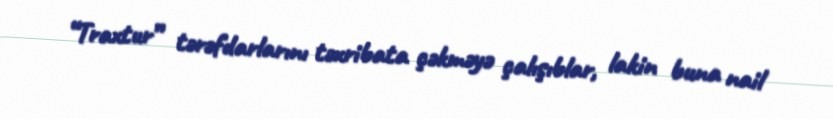
“Traxtur” tərəfdarlarını təxribata çəkməyə çalışıblar, lakin buna nail